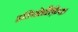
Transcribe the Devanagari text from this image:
इडियोग्रैफ़िक